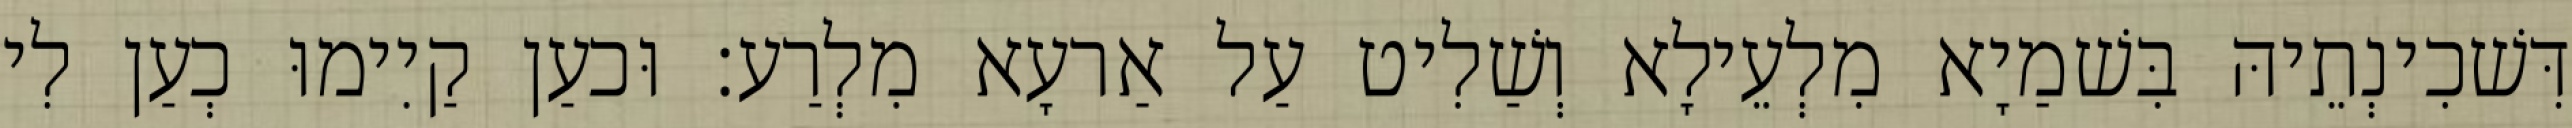
דִּשׁכִינְתֵיהּ בִּשׁמַיָא מִלְעֵילָא וְשַׁלִיט עַל אַרעָא מִלְרַע׃ וּכעַן קַיִימוּ כְעַן לִי